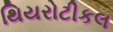
થિયરોટીકલ